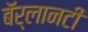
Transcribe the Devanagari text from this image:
बॅर्लानटी